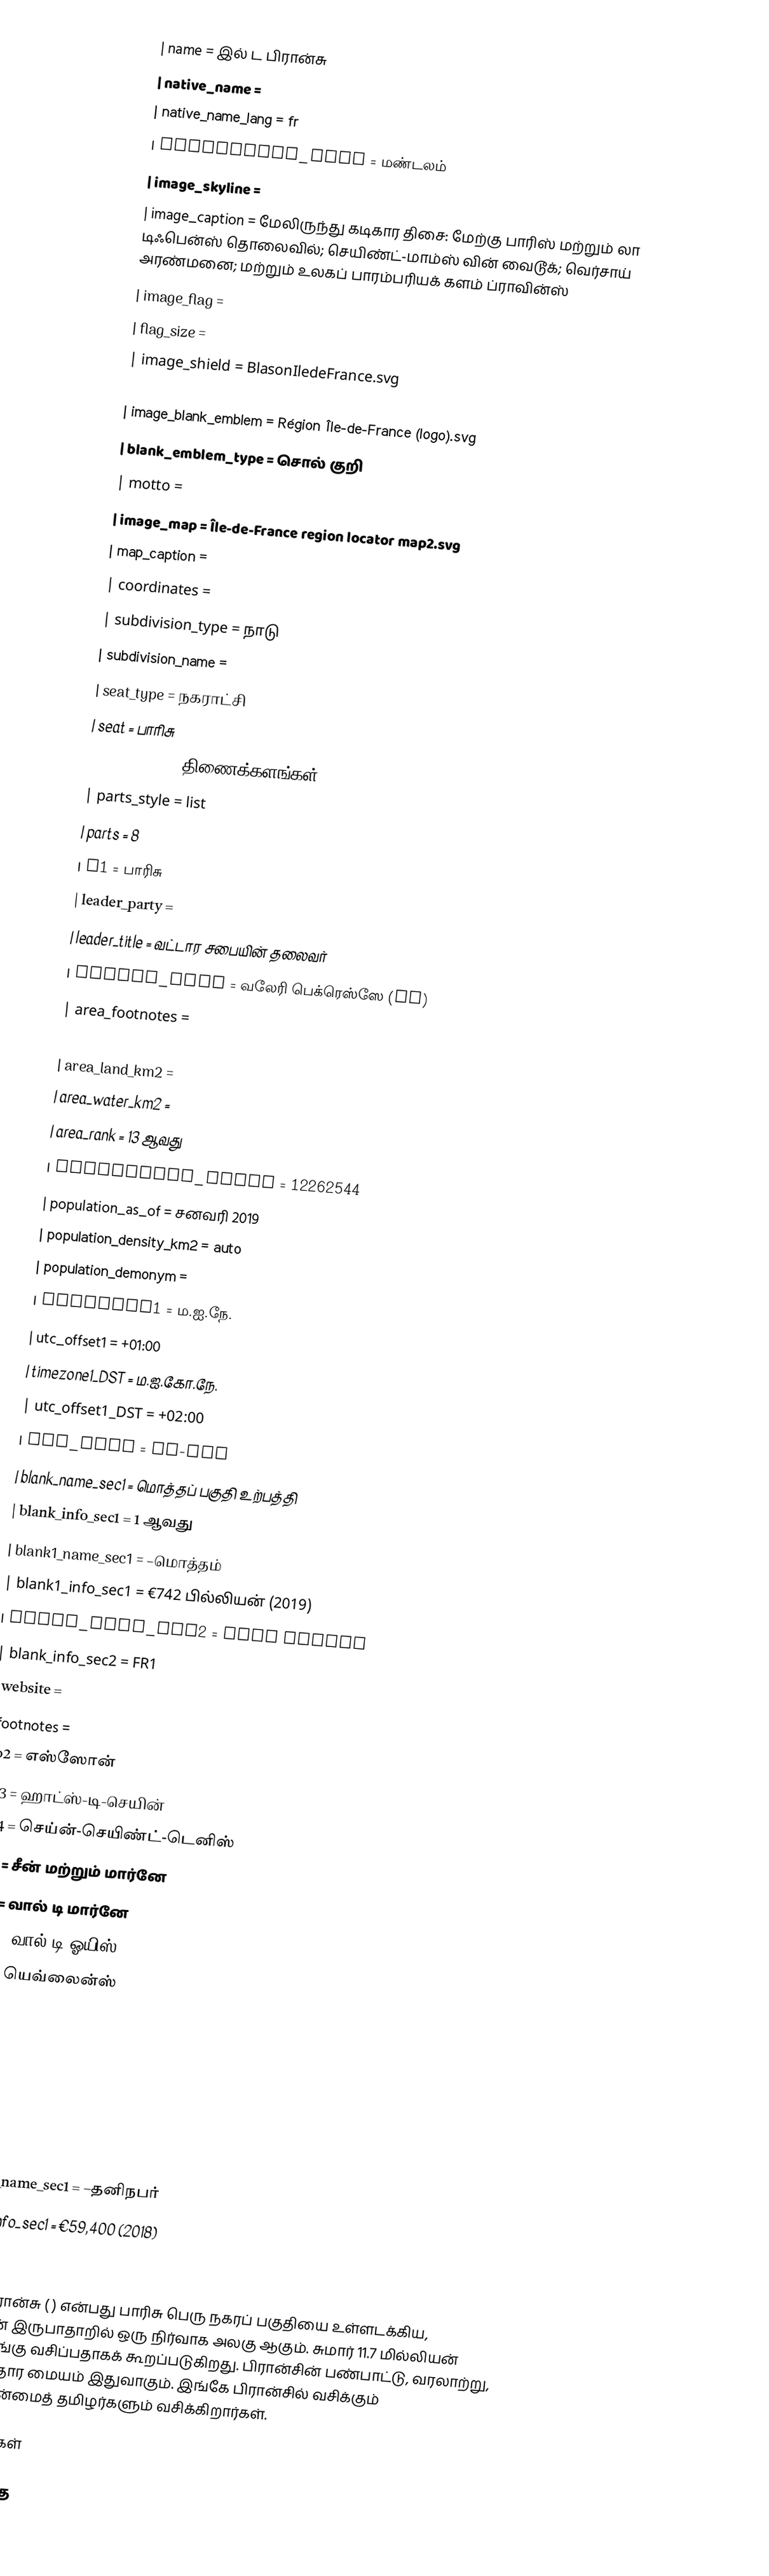
| name = இல் ட பிரான்சு
| native_name =
| native_name_lang = fr
| settlement_type = மண்டலம்
| image_skyline =
| image_caption = மேலிருந்து கடிகார திசை: மேற்கு பாரிஸ் மற்றும் லா டிஃபென்ஸ் தொலைவில்; செயிண்ட்-மாம்ஸ் வின் வைடூக்; வெர்சாய் அரண்மனை; மற்றும் உலகப் பாரம்பரியக் களம் ப்ராவின்ஸ்
| image_flag =
| flag_size =
| image_shield = BlasonIledeFrance.svg
| shield_size =
| image_blank_emblem = Région Île-de-France (logo).svg
| blank_emblem_type = சொல் குறி
| motto =
| image_map = Île-de-France region locator map2.svg
| map_caption =
| coordinates =
| subdivision_type = நாடு
| subdivision_name =
| seat_type = நகராட்சி
| seat = பாரிசு
| parts_type = திணைக்களங்கள்
| parts_style = list
| parts = 8
| p1 = பாரிசு
| leader_party =
| leader_title = வட்டார சபையின் தலைவர்
| leader_name = வலேரி பெக்ரெஸ்ஸே (LR)
| area_footnotes =
| area_total_km2 = 12012
| area_land_km2 =
| area_water_km2 =
| area_rank = 13 ஆவது
| population_total = 12262544
| population_as_of = சனவரி 2019
| population_density_km2 = auto
| population_demonym =
| timezone1 = ம.ஐ.நே.
| utc_offset1 = +01:00
| timezone1_DST = ம.ஐ.கோ.நே.
| utc_offset1_DST = +02:00
| iso_code = FR-IDF
| blank_name_sec1 = மொத்தப் பகுதி உற்பத்தி
| blank_info_sec1 = 1 ஆவது
| blank1_name_sec1 =  –மொத்தம்
| blank1_info_sec1 = €742 பில்லியன் (2019)
| blank_name_sec2 = NUTS Region
| blank_info_sec2 = FR1
| website =
| footnotes =
| p2 = எஸ்ஸோன்
| p3 = ஹாட்ஸ்-டி-செயின்
| p4 = செய்ன்-செயிண்ட்-டெனிஸ்
| p5 = சீன் மற்றும் மார்னே
| p6 = வால் டி மார்னே
| p7 = வால் டி ஓயிஸ்
| p8 = யெவ்லைன்ஸ்
| p9 =
| p10 =
| p11 =
| p12 =
| p13 =
| p14 =
| blank2_name_sec1 =  –தனிநபர்
| blank2_info_sec1 = €59,400 (2018)
}}

இல் ட பிரான்சு ( ) என்பது பாரிசு பெரு நகரப் பகுதியை உள்ளடக்கிய, பிரான்சின் இருபாதாறில் ஒரு நிர்வாக அலகு ஆகும். சுமார் 11.7 மில்லியன் மக்கள் இங்கு வசிப்பதாகக் கூறப்படுகிறது. பிரான்சின் பண்பாட்டு, வரலாற்று, பொருளாதார மையம் இதுவாகும். இங்கே பிரான்சில் வசிக்கும் பெரும்பான்மைத் தமிழர்களும் வசிக்கிறார்கள்.

மேற்கோள்கள்

பிரான்சில் த